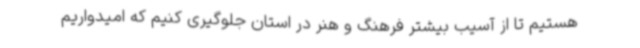
هستیم تا از آسیب بیشتر فرهنگ و هنر در استان جلوگیری کنیم که امیدواریم